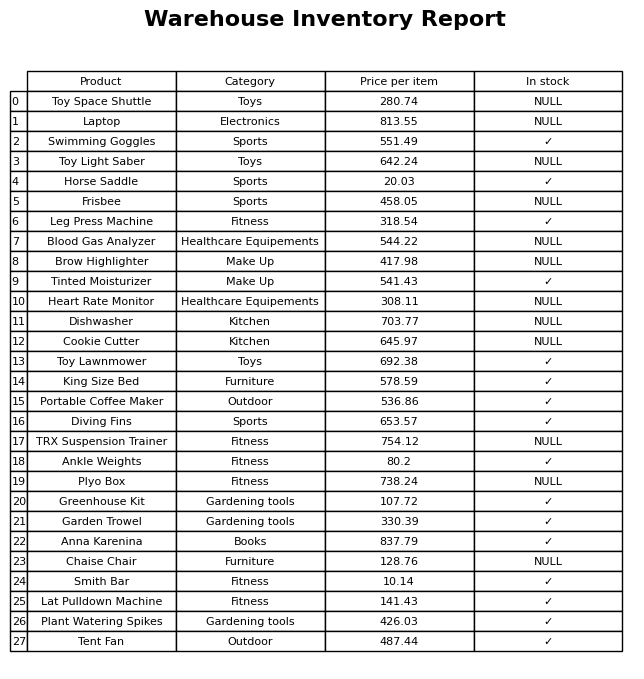
question: Which products are currently out of stock?
answer: Toy Space Shuttle, Laptop, Toy Light Saber, Frisbee, Blood Gas Analyzer, Brow Highlighter, Heart Rate Monitor, Dishwasher, Cookie Cutter, TRX Suspension Trainer, Plyo Box, Chaise Chair